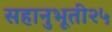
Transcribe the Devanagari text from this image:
सहानुभूती२५